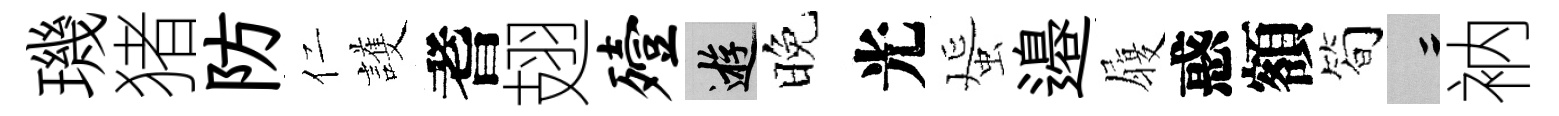
璣猪防仁護耆翅殪游晚光蜑邉履惑額简律衲